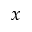
\boldsymbol { x }